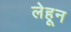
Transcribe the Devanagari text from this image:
लेहून